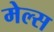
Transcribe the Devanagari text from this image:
मेल्स